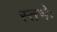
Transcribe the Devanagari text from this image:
स्तभेः